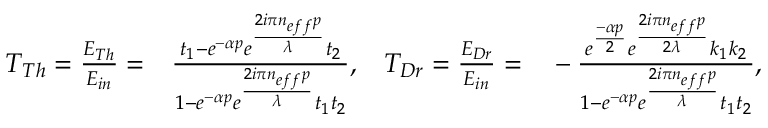
\begin{array} { r l r l } { T _ { T h } = \frac { E _ { T h } } { E _ { i n } } = } & { { } \frac { t _ { 1 } - e ^ { - \alpha p } e ^ { \frac { 2 i \pi n _ { e f f } p } { \lambda } } t _ { 2 } } { 1 - e ^ { - \alpha p } e ^ { \frac { 2 i \pi n _ { e f f } p } { \lambda } } t _ { 1 } t _ { 2 } } , } & { T _ { D r } = \frac { E _ { D r } } { E _ { i n } } = } & { { } - \frac { e ^ { \frac { - \alpha p } { 2 } } e ^ { \frac { 2 i \pi n _ { e f f } p } { 2 \lambda } } k _ { 1 } k _ { 2 } } { 1 - e ^ { - \alpha p } e ^ { \frac { 2 i \pi n _ { e f f } p } { \lambda } } t _ { 1 } t _ { 2 } } , } \end{array}